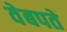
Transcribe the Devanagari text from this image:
वेबपते